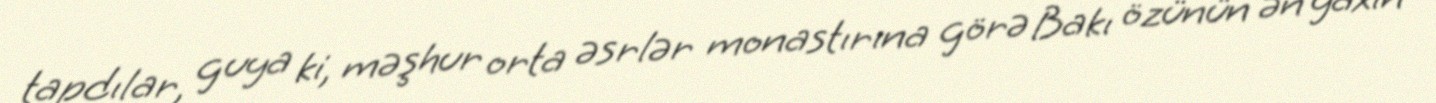
tapdılar, guya ki, məşhur orta əsrlər monastırına görə Bakı özünün ən yaxın